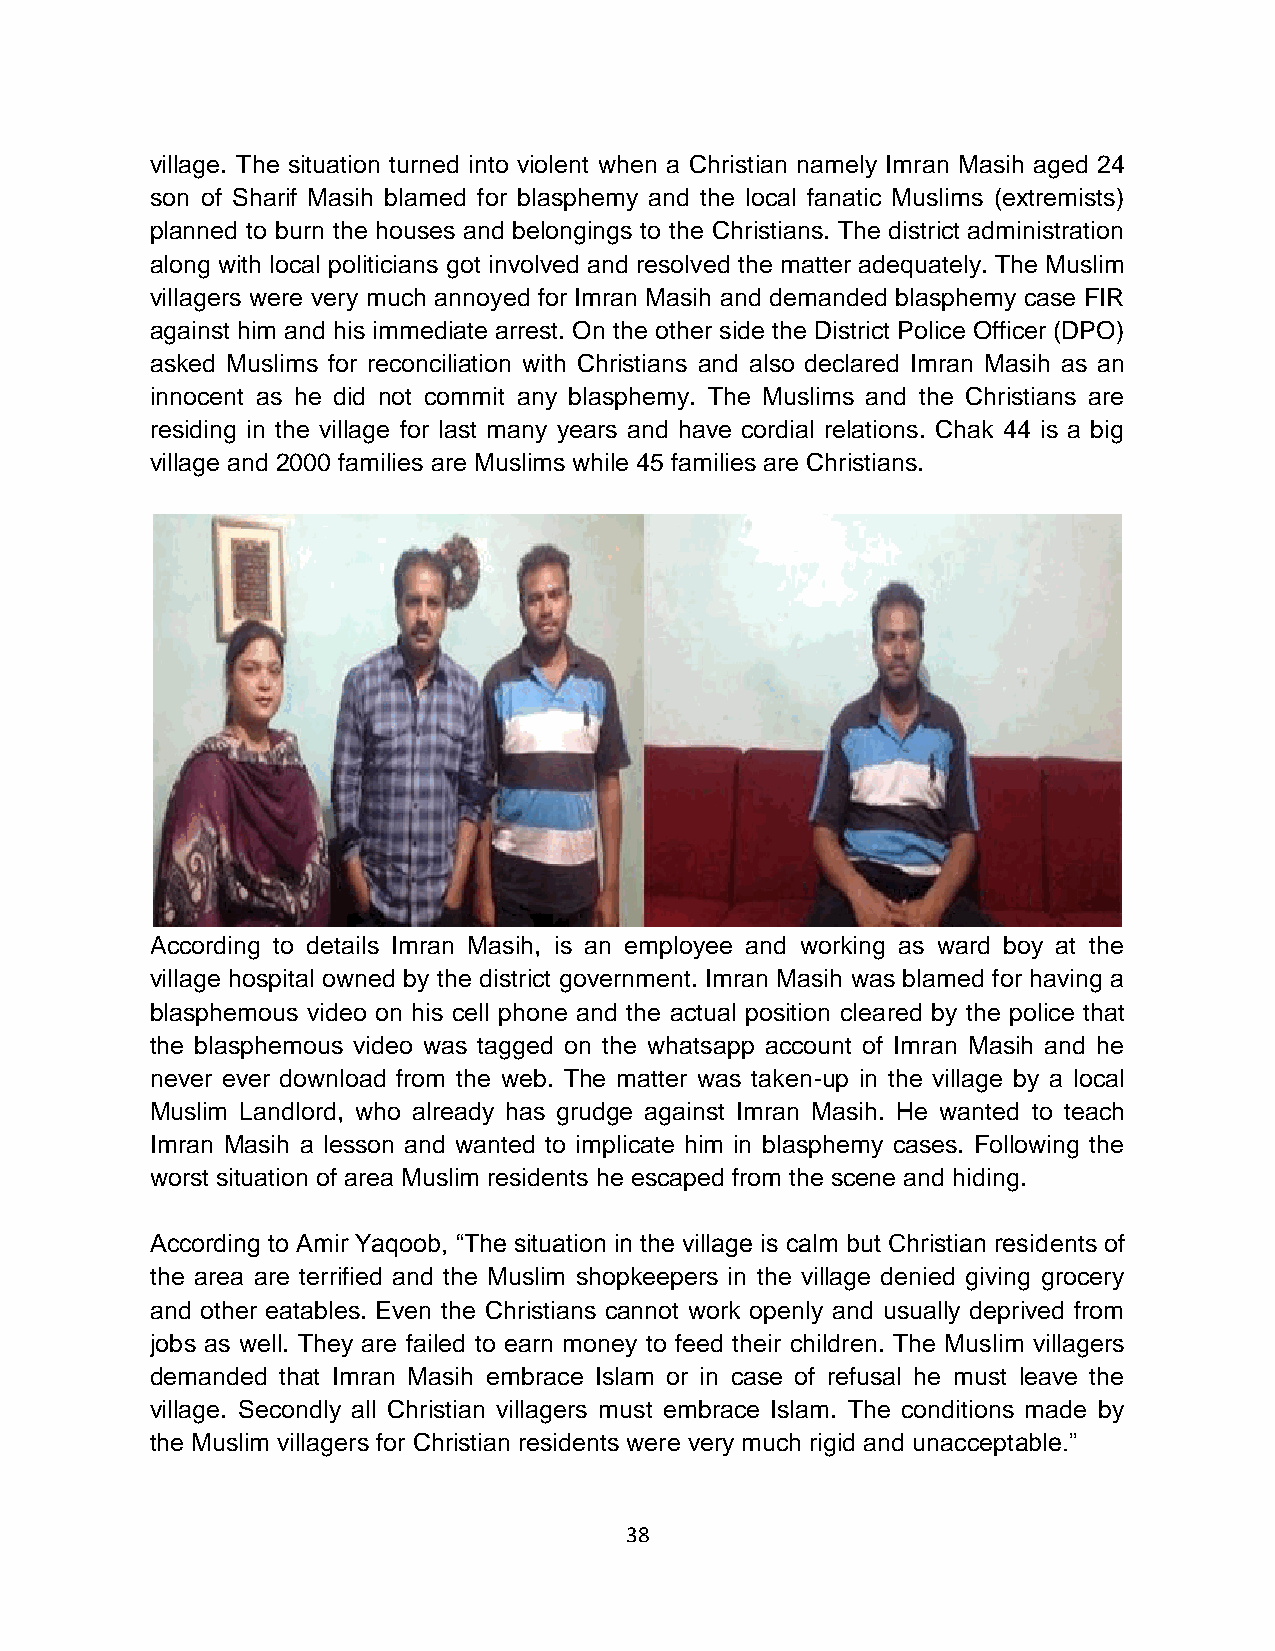
village. The situation turned into violent when a Christian namely Imran Masih aged 24
 son of Sharif Masih blamed for blasphemy and the local fanatic Muslims (extremists)
 planned to burn the houses and belongings to the Christians. The district administration
 along with local politicians got involved and resolved the matter adequately. The Muslim
 villagers were very much annoyed for Imran Masih and demanded blasphemy case FIR
 against him and his immediate arrest. On the other side the District Police Officer (DPO)
 asked Muslims for reconciliation with Christians and also declared Imran Masih as an
 innocent as he did not commit any blasphemy. The Muslims and the Christians are
 residing in the village for last many years and have cordial relations. Chak 44 is a big
 village and 2000 families are Muslims while 45 families are Christians.
 According to details Imran Masih, is an employee and working as ward boy at the
 village hospital owned by the district government. Imran Masih was blamed for having a
 blasphemous video on his cell phone and the actual position cleared by the police that
 the blasphemous video was tagged on the whatsapp account of Imran Masih and he
 never ever download from the web. The matter was taken-up in the village by a local
 Muslim Landlord, who already has grudge against Imran Masih. He wanted to teach
 Imran Masih a lesson and wanted to implicate him in blasphemy cases. Following the
 worst situation of area Muslim residents he escaped from the scene and hiding.
 According to Amir Yaqoob, “The situation in the village is calm but Christian residents of
 the area are terrified and the Muslim shopkeepers in the village denied giving grocery
 and other eatables. Even the Christians cannot work openly and usually deprived from
 jobs as well. They are failed to earn money to feed their children. The Muslim villagers
 demanded that Imran Masih embrace Islam or in case of refusal he must leave the
 village. Secondly all Christian villagers must embrace Islam. The conditions made by
 the Muslim villagers for Christian residents were very much rigid and unacceptable.”
 38